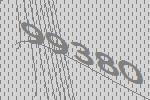
99380